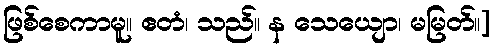
ဖြစ်စေကာမူ။ ဧတံ၊ သည်။ န သေယျော၊ မမြတ်။]